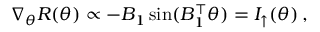
\begin{array} { r } { \nabla _ { \theta } R ( \theta ) \propto - B _ { 1 } \sin ( B _ { 1 } ^ { \top } \theta ) = I _ { \uparrow } ( \theta ) \, , } \end{array}